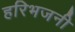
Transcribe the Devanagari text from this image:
हरिभजनी